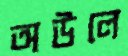
অউলে